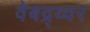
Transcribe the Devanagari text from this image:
वेबद्र्य्वर